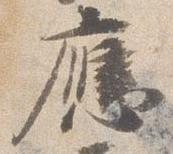
応